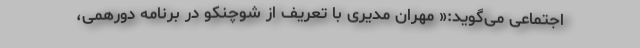
اجتماعی می‌گوید:« مهران مدیری با تعریف از شوچنکو در برنامه دورهمی،